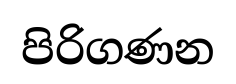
පිරිගණන